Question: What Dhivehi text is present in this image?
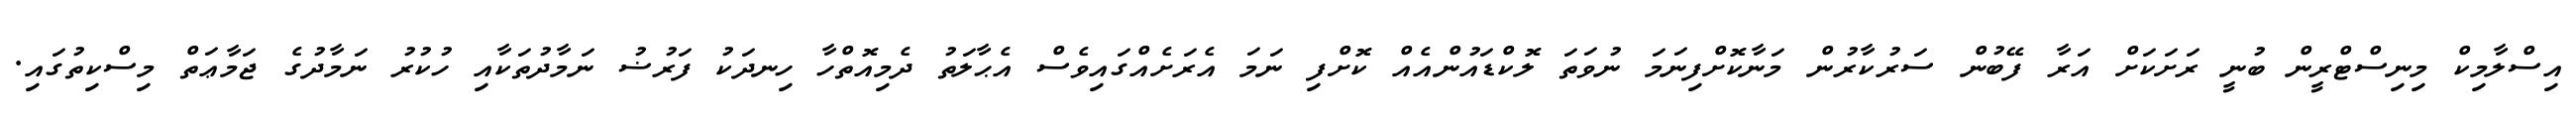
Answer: އިސްލާމިކް މިނިސްޓްރީން ބުނީ ރަށަކަށް އަރާ ފޭބުން ސަރުކާރުން މަނާކޮށްފިނަމަ ނުވަތަ ލޮކްޑައުންއެއް ކޮށްފި ނަމަ އެރަށެއްގައިވެސް އެޙާލަތު ދެމިއޮތްހާ ހިނދަކު ފަރުޟު ނަމާދުތަކާއި ހުކުރު ނަމާދުގެ ޖަމާޢަތް މިސްކިތުގައި.